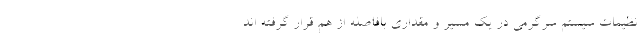
نظیمات سیستم سرگرمی در یک مسیر و مقداری بافاصله از هم قرار گرفته اند